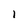
Character: 1